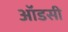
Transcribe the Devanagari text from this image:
ऑडसी